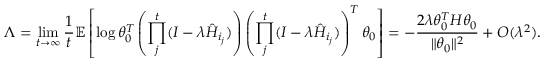
\Lambda = \operatorname* { l i m } _ { t \to \infty } \frac { 1 } { t } \mathbb { E } \left[ \log \theta _ { 0 } ^ { T } \left( \prod _ { j } ^ { t } ( I - \lambda \hat { H } _ { i _ { j } } ) \right) \left( \prod _ { j } ^ { t } ( I - \lambda \hat { H } _ { i _ { j } } ) \right) ^ { T } \theta _ { 0 } \right] = - \frac { 2 \lambda \theta _ { 0 } ^ { T } H \theta _ { 0 } } { \| \theta _ { 0 } \| ^ { 2 } } + O ( \lambda ^ { 2 } ) .